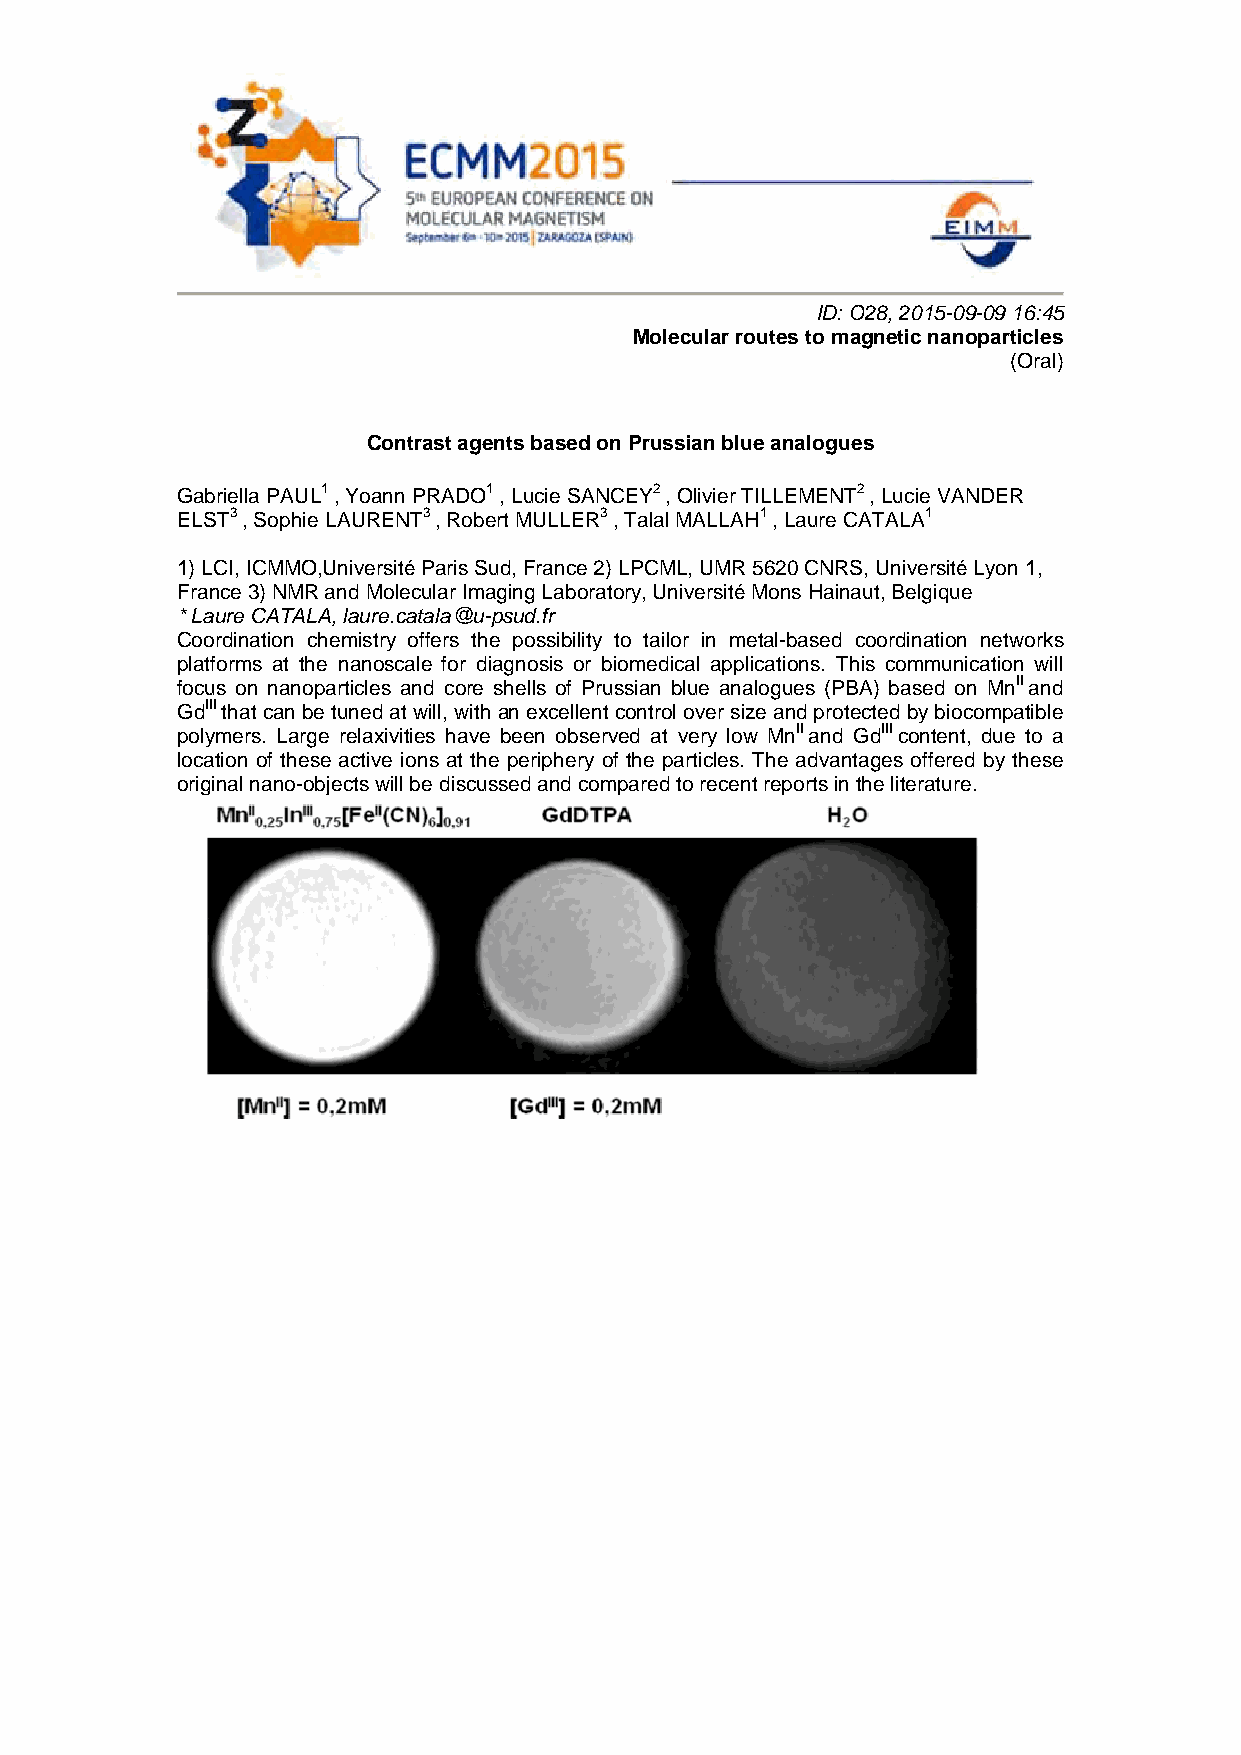
ID: O28, 2015-09-09 16:45
 Molecular routes to magnetic nanoparticles
 (Oral)
 Contrast agents based on Prussian blue analogues
 Gabriella PAUL1 , Yoann PRADO1 , Lucie SANCEY2 , Olivier TILLEMENT2 , Lucie VANDER
 ELST3 , Sophie LAURENT3 , Robert MULLER3 , Talal MALLAH1 , Laure CATALA1
 1) LCI, ICMMO,Université Paris Sud, France 2) LPCML, UMR 5620 CNRS, Université Lyon 1,
 France 3) NMR and Molecular Imaging Laboratory, Université Mons Hainaut, Belgique
 * Laure CATALA, laure.catala@u-psud.fr
 Coordination chemistry offers the possibility to tailor in metal-based coordination networks
 platforms at the nanoscale for diagnosis or biomedical applications. This communication will
 focus on nanoparticles and core shells of Prussian blue analogues (PBA) based on MnII and
 GdIII that can be tuned at will, with an excellent control over size and protected by biocompatible
 polymers. Large relaxivities have been observed at very low MnII and GdIII content, due to a
 location of these active ions at the periphery of the particles. The advantages offered by these
 original nano-objects will be discussed and compared to recent reports in the literature.